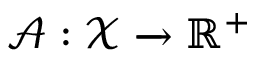
\mathcal { A } : \mathcal { X } \xrightarrow { } \mathbb { R } ^ { + }